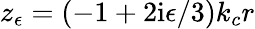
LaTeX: z_{\epsilon}=\left(-1+2\mathrm{i}\epsilon/3\right)k_{c}r